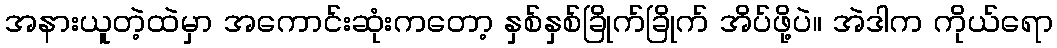
အနားယူတဲ့ထဲမှာ အကောင်းဆုံးကတော့ နှစ်နှစ်ခြိုက်ခြိုက် အိပ်ဖို့ပဲ။ အဲဒါက ကိုယ်ရော